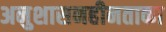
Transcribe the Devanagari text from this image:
अनुशासनहीनताका